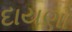
દાયણો